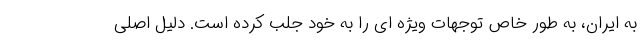
به ایران، به طور خاص توجهات ویژه ای را به خود جلب کرده است. دلیل اصلی